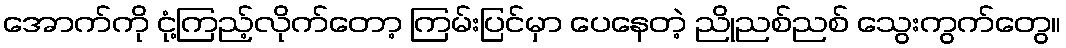
အောက်ကို ငုံ့ကြည့်လိုက်တော့ ကြမ်းပြင်မှာ ပေနေတဲ့ ညိုညစ်ညစ် သွေးကွက်တွေ။